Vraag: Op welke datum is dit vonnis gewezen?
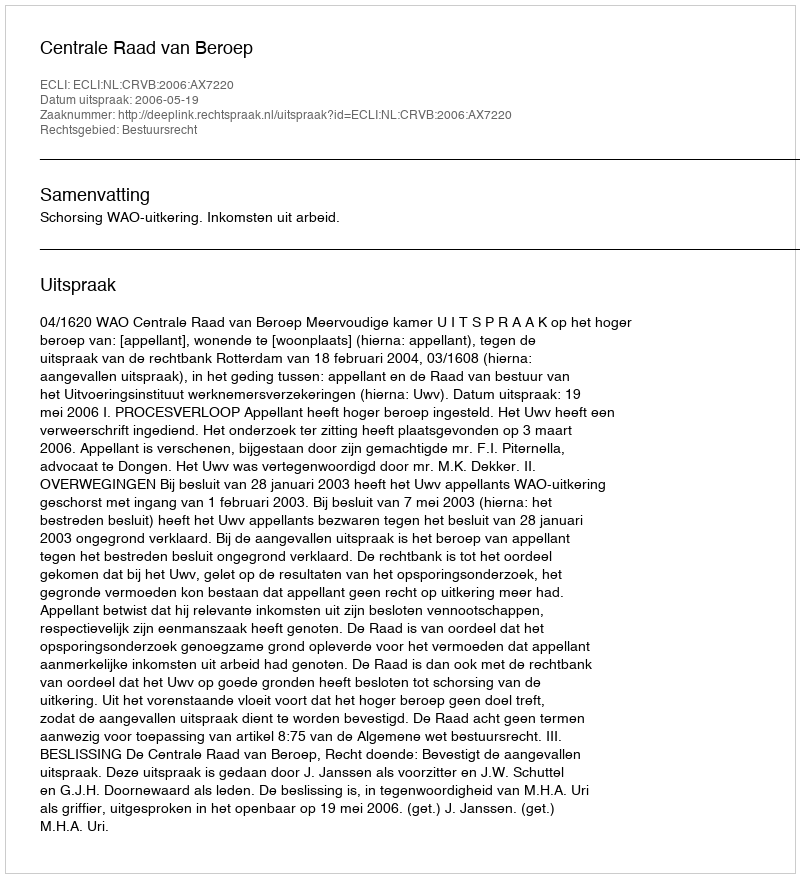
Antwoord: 2006-05-19